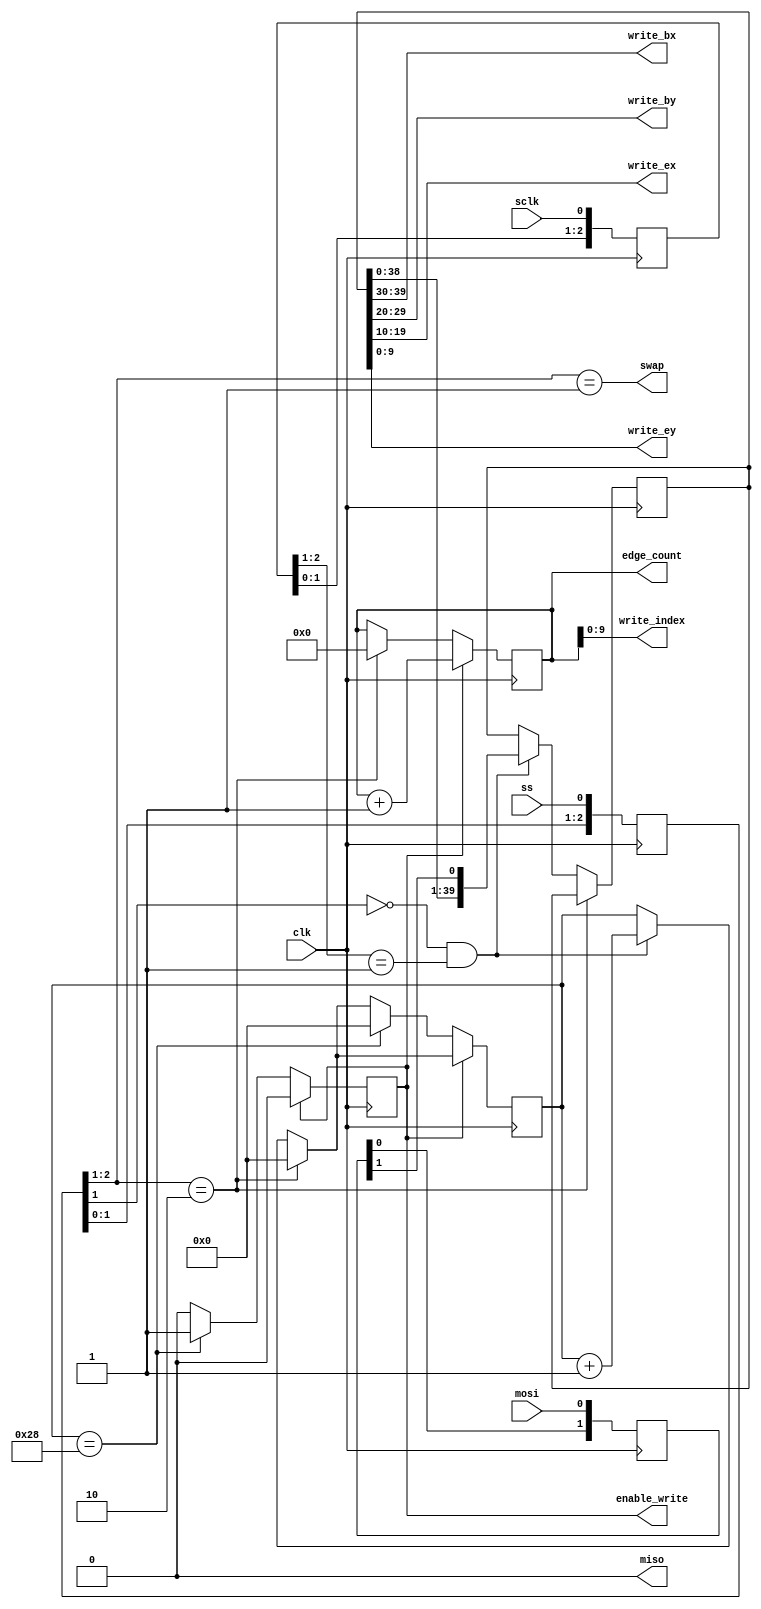
module SPISlave(
    input clk,

    input ss,
    input sclk,
    output miso,
    input mosi,

    output enable_write,
    output [9:0] write_index,
    output [9:0] write_bx,
    output [9:0] write_by,
    output [9:0] write_ex,
    output [9:0] write_ey,

    output swap,
    output [10:0] edge_count
);
    reg reg_miso = 0;
    assign miso = reg_miso;

    /*
        Use shift registers for incoming SPI signals, since the SPI
        clock will differ from our clock, and we want stable values
        for logic
    */
    reg [2:0] ss_shift = 0;
    reg [2:0] sclk_shift = 0;
    reg [1:0] mosi_shift = 0;

    /*  Shift in new values from the SPI wires  */
    always @(posedge clk)
    begin
        ss_shift <= { ss_shift[1:0], ss };
        sclk_shift <= { sclk_shift[1:0], sclk };
        mosi_shift <= { mosi_shift[0], mosi };
    end

    /*  Keep track of the number of edges received  */
    reg [10:0] reg_edge_count = 0;
    assign edge_count = reg_edge_count;
    assign write_index = reg_edge_count[9:0];

    /*  Swap edge buffers when an SPI transmission completes  */
    assign swap = (ss_shift[2:1] == 2'b01);

    /*
        We'll receive edges as 40-bit blocks, with 10 bits each
        for begin-x, begin-y, end-x and end-y coordinates
    */
    reg [39:0] edge_shift;
    reg [5:0] edge_bits;

    assign write_bx = edge_shift[39:30];
    assign write_by = edge_shift[29:20];
    assign write_ex = edge_shift[19:10];
    assign write_ey = edge_shift[9:0];

    reg reg_enable_write = 0;
    assign enable_write = reg_enable_write;

    always @(posedge clk)
    begin
        if (ss_shift[2:1] == 2'b10)
        begin
            /*  Reset counters at the start of an SPI transmission  */
            reg_edge_count <= 0;
            edge_bits <= 0;
        end else if (!ss_shift[1] && sclk_shift[2:1] == 2'b01)
        begin
            /*  Shift in a new bit on the positive edge of the SPI clock  */
            edge_shift <= { edge_shift[38:0], mosi_shift[1] };
            edge_bits <= edge_bits + 1;
        end

        if (reg_enable_write)
        begin
            /*  We've finished writing a new edge to the edge buffer  */
            reg_enable_write <= 0;
            reg_edge_count <= reg_edge_count + 1;
        end else if (edge_bits == 40)
        begin
            /*  If we've received 40 bits, write to the edge buffer  */
            reg_enable_write <= 1;
            edge_bits <= 0;
        end
    end
endmodule